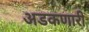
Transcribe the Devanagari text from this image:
अडकणारी